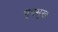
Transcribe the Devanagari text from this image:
पुत्रसुख